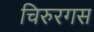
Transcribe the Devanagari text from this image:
चिरुरगस